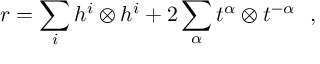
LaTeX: r = \sum _ { i } h ^ { i } \otimes h ^ { i } + 2 \sum _ { \alpha } t ^ { \alpha } \otimes t ^ { - \alpha } \ \ ,